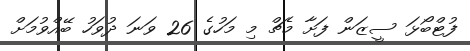
ފުޓްބޯޅަ ސީޒަން ފަށާ މެޗް މި މަހުގެ 26 ވަނަ ދުވަހު ބޭއްވުމަށް